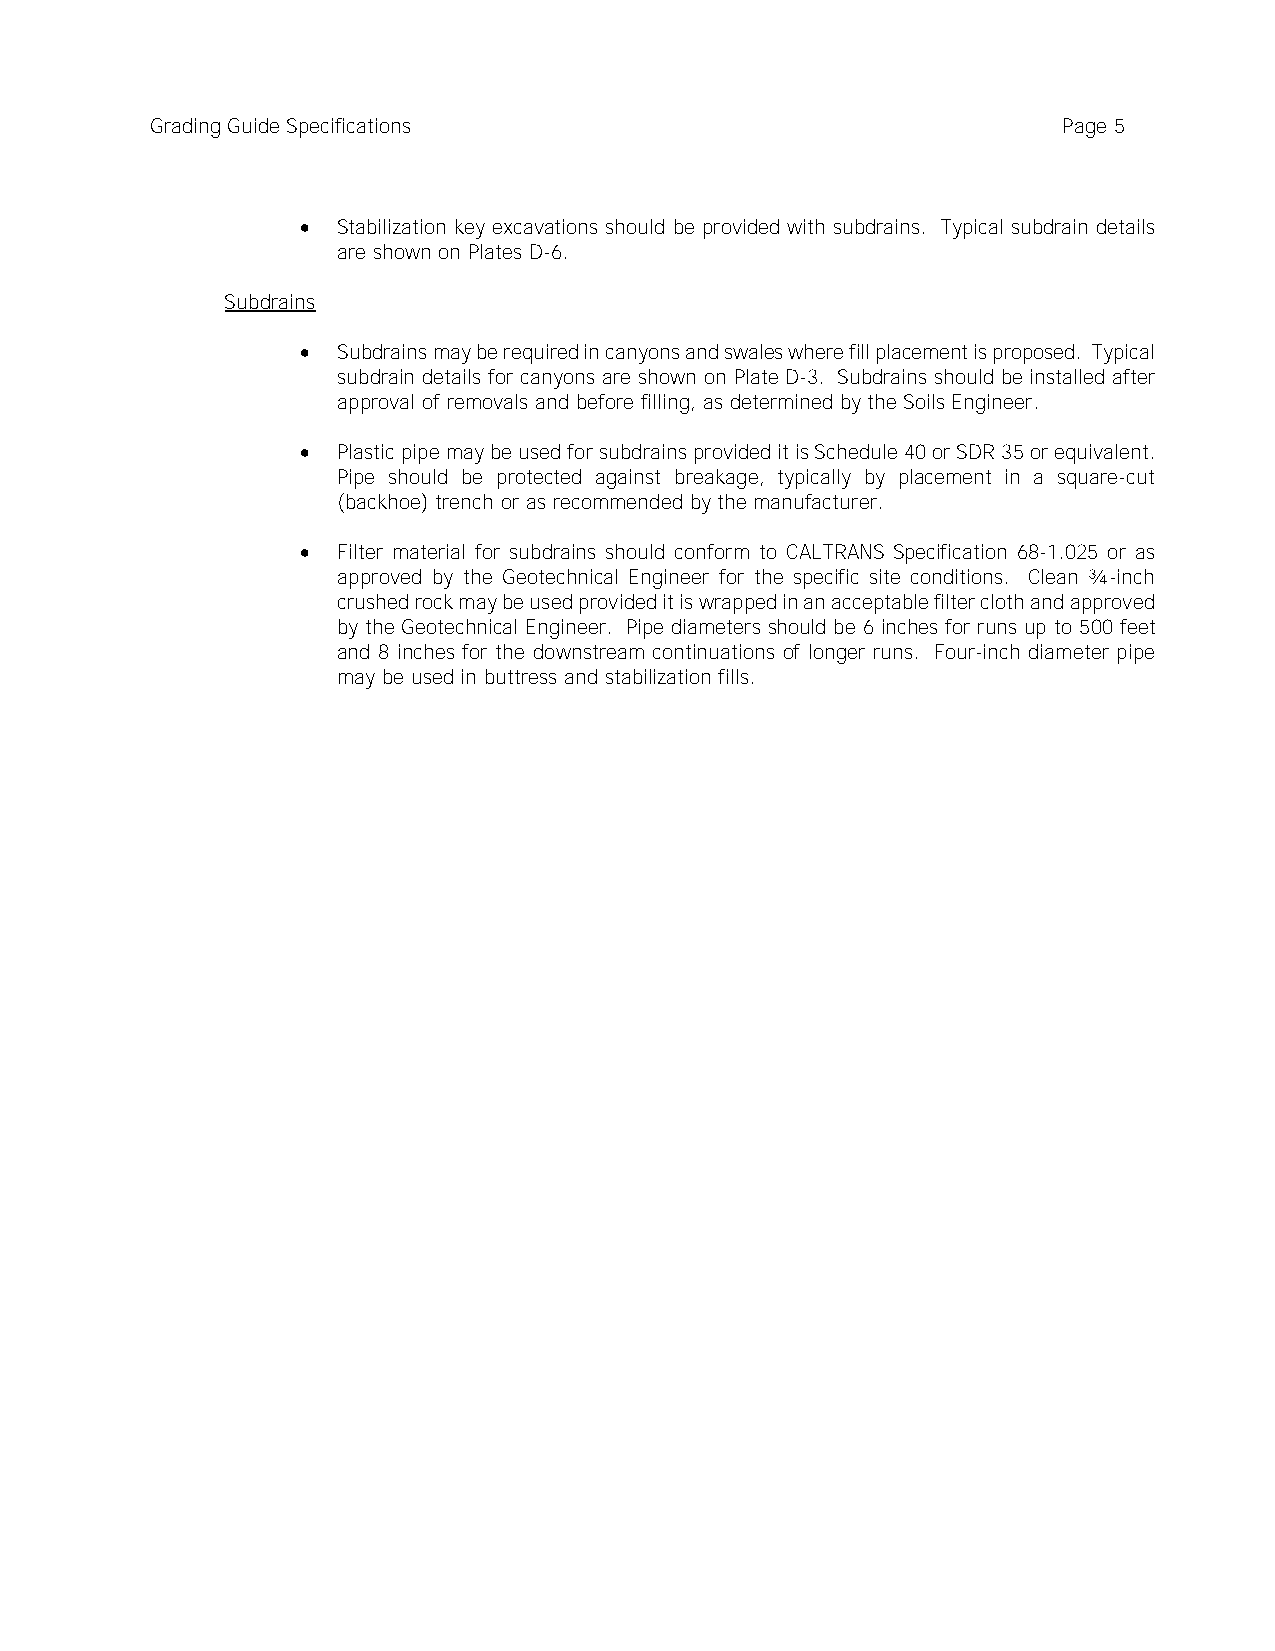
Grading Guide Specifications                                Page 5
 • Stabilization key excavations should be provided with subdrains. Typical subdrain details
 are shown on Plates D-6.
 Subdrains
 • Subdrains may be required in canyons and swales where fill placement is proposed. Typical
 subdrain details for canyons are shown on Plate D-3. Subdrains should be installed after
 approval of removals and before filling, as determined by the Soils Engineer.
 • Plastic pipe may be used for subdrains provided it is Schedule 40 or SDR 35 or equivalent.
 Pipe should be protected against breakage, typically by placement in a square-cut
 (backhoe) trench or as recommended by the manufacturer.
 • Filter material for subdrains should conform to CALTRANS Specification 68-1.025 or as
 approved by the Geotechnical Engineer for the specific site conditions. Clean ¾-inch
 crushed rock may be used provided it is wrapped in an acceptable filter cloth and approved
 by the Geotechnical Engineer. Pipe diameters should be 6 inches for runs up to 500 feet
 and 8 inches for the downstream continuations of longer runs. Four-inch diameter pipe
 may be used in buttress and stabilization fills.